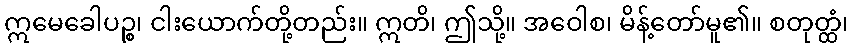
ဣမေခေါပဉ္စ၊ ငါးယောက်တို့တည်း။ ဣတိ၊ ဤသို့။ အဝေါစ၊ မိန့်တော်မူ၏။ စတုတ္ထံ၊